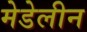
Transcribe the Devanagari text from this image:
मेडेलीन